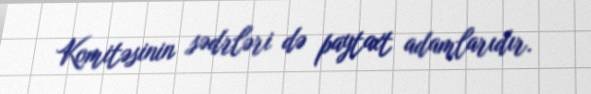
Komitəsinin sədrləri də paytaxt adamlarıdır.